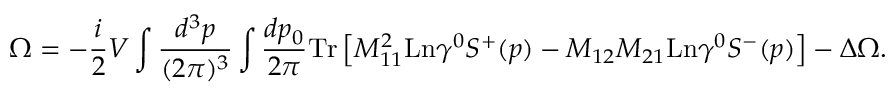
\Omega = - \frac i 2 V \int \frac { d ^ { 3 } p } { ( 2 \pi ) ^ { 3 } } \int \frac { d p _ { 0 } } { 2 \pi } \mathrm { T r } \left[ M _ { 1 1 } ^ { 2 } \mathrm { L n } \gamma ^ { 0 } S ^ { + } ( p ) - M _ { 1 2 } M _ { 2 1 } \mathrm { L n } \gamma ^ { 0 } S ^ { - } ( p ) \right] - \Delta \Omega .